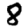
Digit: 8